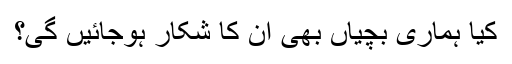
کیا ہماری بچیاں بھی ان کا شکار ہوجائیں گی؟